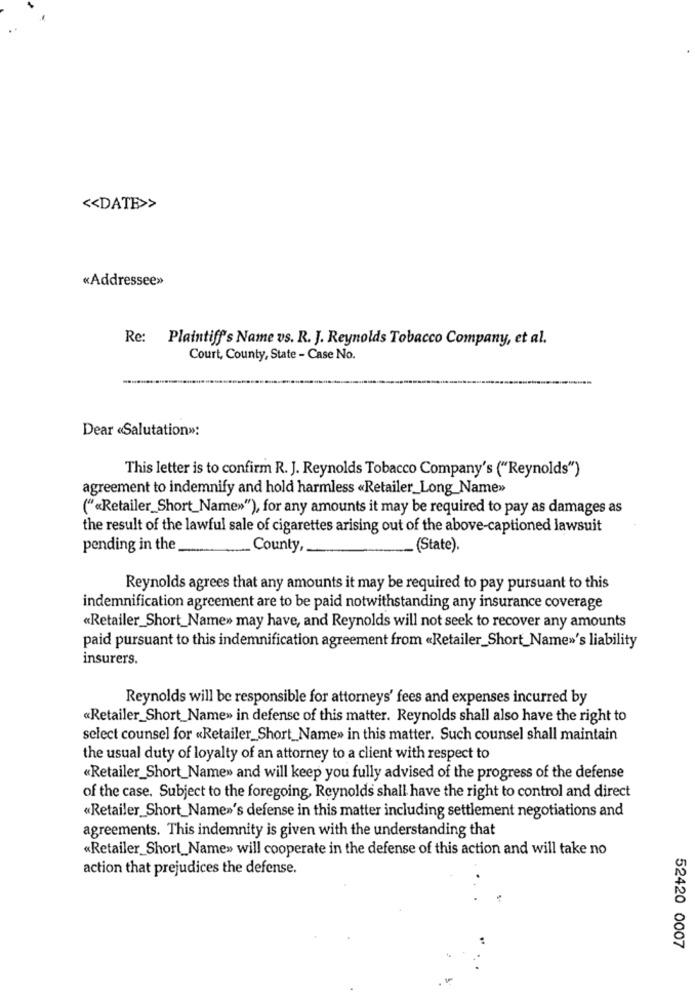
<< DATE>>
«Addressee»
Re: Plaintiff's Name vs. R. J. Reynolds Tobacco Company, et al.
Court, County, State - Case No.
Dear «Salutation»:
This letter is to confirm R. J. Reynolds Tobacco Company's ("Reynolds")
agreement to indemnify and hold harmless «Retailer_Long_Name»>
("«Retailer_Short_Name»"), for any amounts it may be required to pay as damages as
the result of the lawful sale of cigarettes arising out of the above-captioned lawsuit
pending in the
County ,.
. (State).
Reynolds agrees that any amounts it may be required to pay pursuant to this
indemnification agreement are to be paid notwithstanding any insurance coverage
«Retailer_Short_Name» may have, and Reynolds will not seek to recover any amounts
paid pursuant to this indemnification agreement from «Retailer_Short_Name»'s liability
insurers.
Reynolds will be responsible for attorneys' fees and expenses incurred by
«Retailer_Short_Name» in defense of this matter. Reynolds shall also have the right to
select counsel for «Retailer_Short_Name» in this matter. Such counsel shall maintain
the usual duty of loyalty of an attorney to a client with respect to
«Retailer_Short_Name» and will keep you fully advised of the progress of the defense
of the case. Subject to the foregoing, Reynolds shall have the right to control and direct
«Retailer Short_Name»'s defense in this matter including settlement negotiations and
agreements. This indemnity is given with the understanding that
«Retailer_Short_Name» will cooperate in the defense of this action and will take no
action that prejudices the defense.
52420 0007